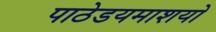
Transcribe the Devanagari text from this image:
पाठेडयमाशयो